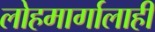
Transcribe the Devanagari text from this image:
लोहमार्गालाही